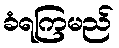
ခံရကြမည်